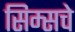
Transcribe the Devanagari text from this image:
सिम्सचे